Report on the Nagpur School of Medicine, Central Provinces
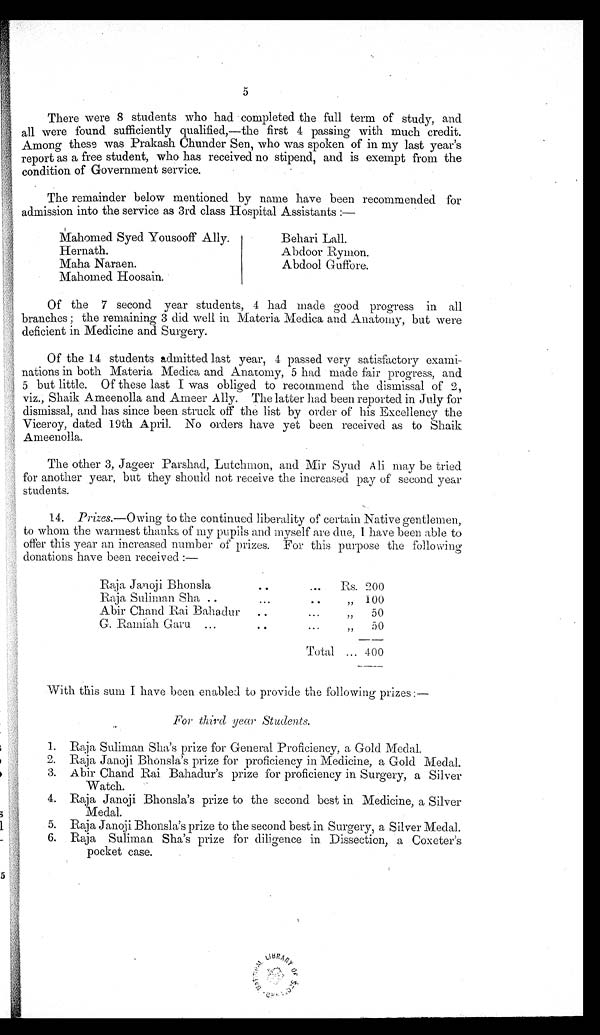
5
There were 8 students who had completed the full term of study, and
all were found sufficiently qualified,—the first 4 passing with much credit.
Among these was Prakash Chunder Sen, who was spoken of in my last year's
report as a free student, who has received no stipend, and is exempt from the
condition of Government service.
The remainder below mentioned by name have been recommended for
admission into the service as 3rd class Hospital Assistants:—
Mahomed Syed Yousooff Ally.
Hernath.
Maha Naraen.
Mahomed Hoosain.
B e h a r i L a l l .
Abdoor Rymon.
Abdool Guffore.
Of the 7 second year students, 4 had made good progress in all
branches; the remaining 3 did well in Materia Medica and Anatomy, but were
deficient in Medicine and Surgery.
Of the 14 students admitted last year, 4 passed very satisfactory exami-
nations in both Materia Medica and Anatomy, 5 had made fair progress, and
5 but little. Of these last I was obliged to recommend the dismissal of 2,
viz., Shaik Ameenolla and Ameer Ally. The latter had been reported in July for
dismissal, and has since been struck off the list by order of his Excellency the
Viceroy, dated 19th April. No orders have yet been received as to Shaik
A m e e n o l l a .
The other 3, Jageer Parshad, Lutchmon, and Mir Syud Ali may be tried
for another year, but they should not receive the increased pay of second year
students.
14. Prizes.— Owing to the continued liberality of certain Native gentlemen,
to whom the warmest thanks of my pupils and myself are due, I have been able to
offer this year an increased number of prizes. For this purpose the following
donations have been received:—
Raja Janoji Bhonsla
Raja, Suliman Sha ..
Abir Chand Rai Bahadur
G. Ramiah Garu ...
Rs. 200
"
100
50
50
Total
400
With this sum I have been enabled to provide the following prizes:—
For third year Students.
1. Raja Suliman Sha's prize for General Proficiency, a Gold Medal.
2. Raja Janoji Bhonsla's prize for proficiency in Medicine, a Gold Medal.
3. Abir Chand Rai Bahadur's prize for proficiency in Surgery, a Silver
Watch.
4. Raja Janoji Bhonsla's prize to the second best in Medicine, a Silver
Medal.
5. Raja Janoji Bhonsla's prize to the second best in Surgery, a Silver Medal.
6. Raja Suliman Sha's prize for diligence in. Dissection, a Coxeter's
pocket case.